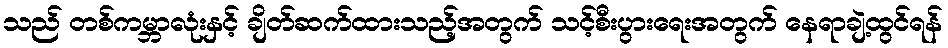
သည် တစ်ကမ္ဘာလုံးနှင့် ချိတ်ဆက်ထားသည့်အတွက် သင့်စီးပွားရေးအတွက် နေရာချဲ့ထွင်ရန်